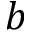
b